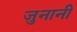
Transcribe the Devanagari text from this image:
जुनानी